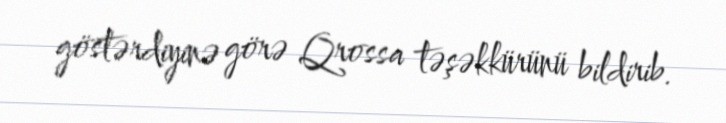
göstərdiyinə görə Qrossa təşəkkürünü bildirib.